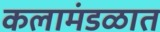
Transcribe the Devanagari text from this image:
कलामंडळात